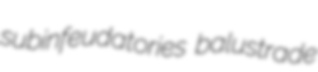
subinfeudatories balustrade